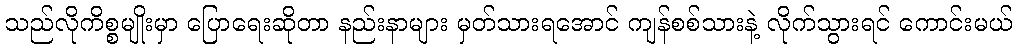
သည်လိုကိစ္စမျိုးမှာ ပြောရေးဆိုတာ နည်းနာများ မှတ်သားရအောင် ကျန်စစ်သားနဲ့ လိုက်သွားရင် ကောင်းမယ်